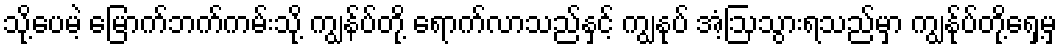
သို့ပေမဲ့ မြောက်ဘက်ကမ်းသို့ ကျွန်ပ်တို့ ရောက်လာသည်နှင့် ကျွနုပ် အံ့ဩသွားရသည်မှာ ကျွန်ုပ်တို့ရှေ့မှ